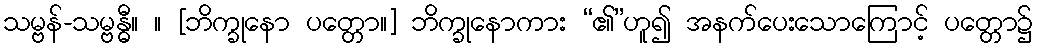
သမ္ဗန်-သမ္ဗန္ဓီ။ ။ [ဘိက္ခုနော ပတ္တော။] ဘိက္ခုနောကား “၏”ဟူ၍ အနက်ပေးသောကြောင့် ပတ္တော၌